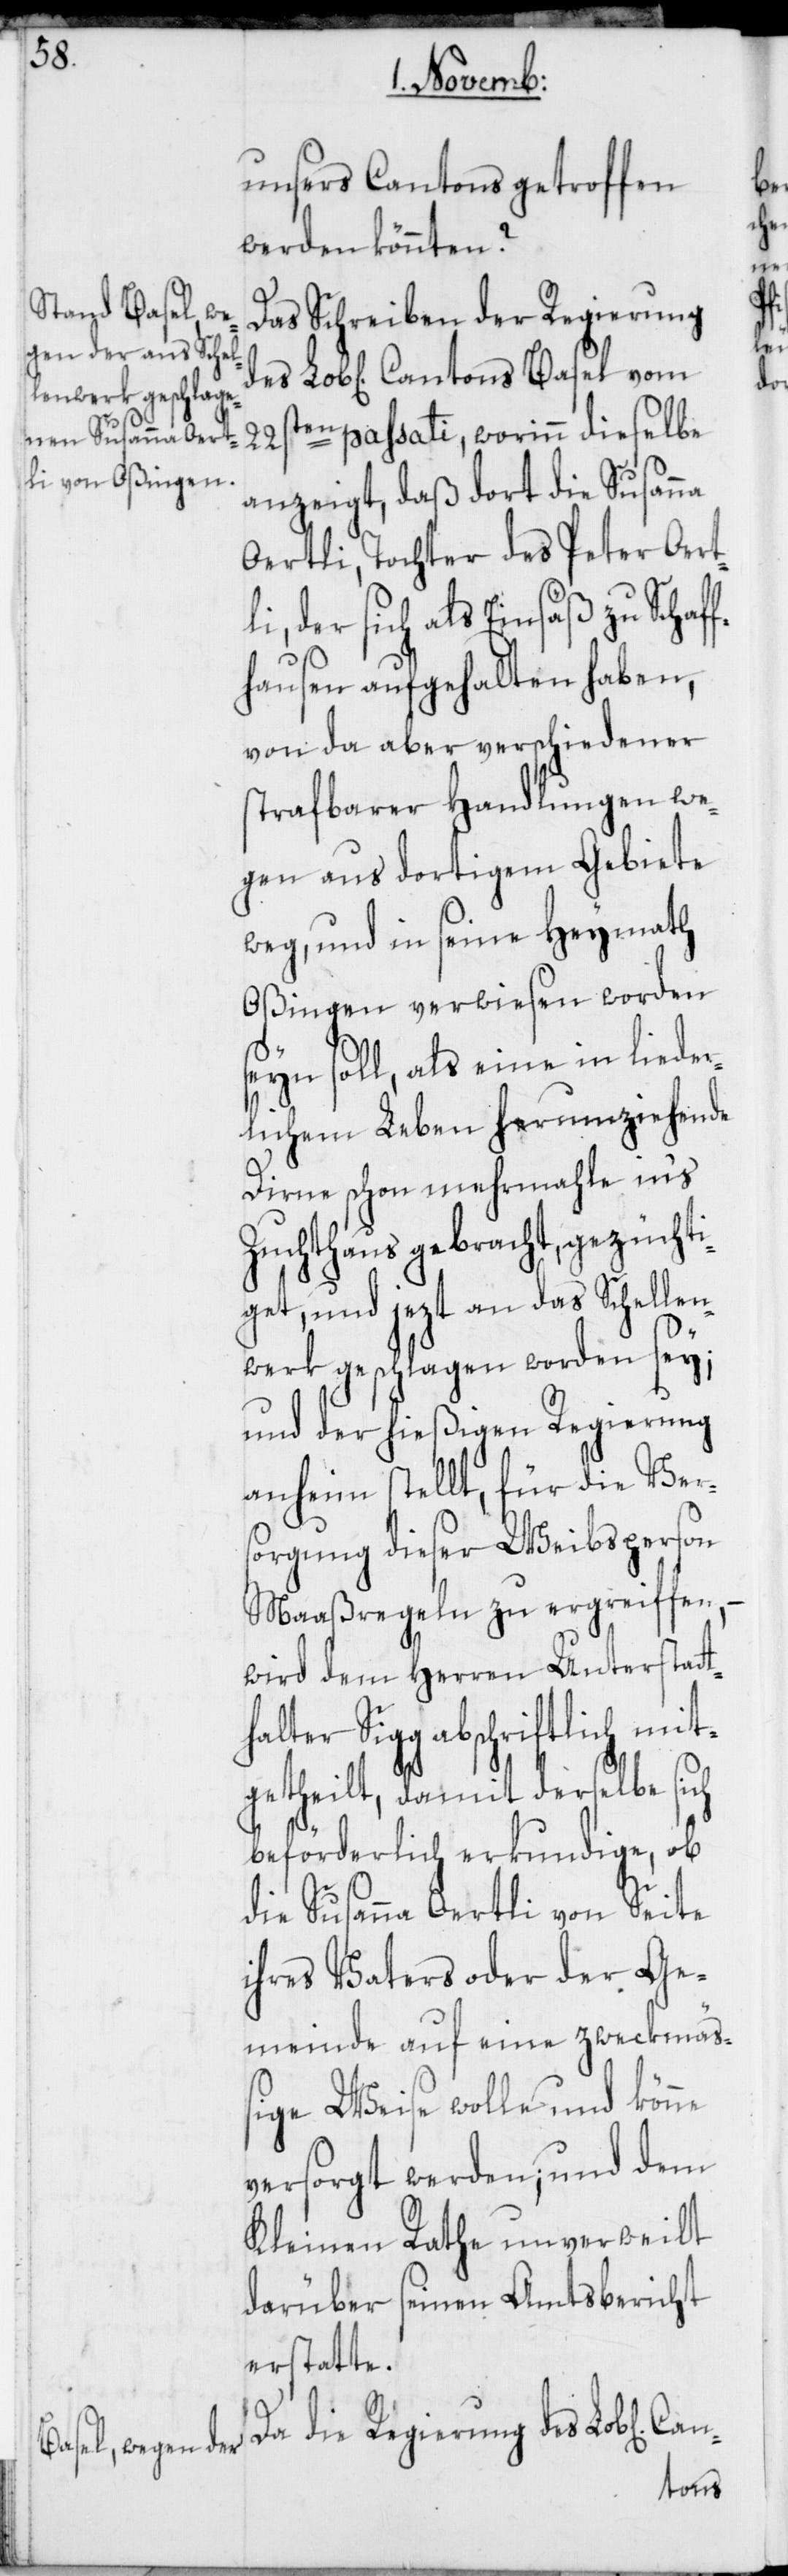
unsers Cantons getroffen
werden könnten?
Das Schreiben der Regierung
22sten passati, worinn dieselbe
anzeigt, daß dort die Susanna
Oertli, Tochter des Peter Oertl¬
i, der sich als Einsäß zu Schaff¬
hausen aufgehalten haben,
von da aber verschiedener
strafbarer Handlungen we¬
gen aus dortigem Gebiete
weg, und in seine Heymath
Oßingen verwiesen worden
seyn soll, als eine in lieder¬
lichem Leben herumziehende
Dirne schon mehrmahle in's
Zuchthaus gebracht, gezüchti¬
get, und jezt an das Schellen¬
werk geschlagen worden sey;
und der hießigen Regierung
anheim stellt, für die Ver¬
sorgung dieser Weibsperson
Maaßregeln zu ergreiffen,
wird dem Herren Unterstat¬
thalter Sigg abschriftlich mit¬
getheilt, damit derselbe sich
beförderlich erkundige, ob
die Susanna Oertli von Seite
ihres Vaters oder der Ge¬
meinde auf eine zweckmäß¬
ige Weise wolle und könne
versorgt werden; und dem
Kleinen Rathe unverweilt
darüber seinen Amtsbericht
erstatte.
Da die Regierung des Lob[lich¬
en]